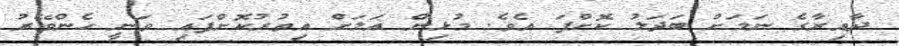
ދާއިރާގެ ނަމަށް ބަދަލު ކޮށްފަ އެވެ. މުޅިން އަލަށް އިތުރުކޮށްފައި ވަނީ ހެންވޭރު